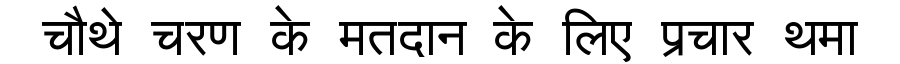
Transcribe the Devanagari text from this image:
चौथे चरण के मतदान के लिए प्रचार थमा